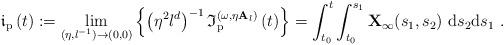
LaTeX: \begin{align*}\mathfrak{i}_{\mathrm{p}}\left( t\right) :=\underset{(\eta,l^{-1})\rightarrow (0,0)}{\lim }\left\{ \left( \eta ^{2}l^{d}\right) ^{-1}\mathfrak{I}_{\mathrm{p}}^{(\omega ,\eta \mathbf{A}_{l})}\left( t\right)\right\} =\int\nolimits_{t_{0}}^{t}\int\nolimits_{t_{0}}^{s_{1}}\mathbf{X}_{\infty }(s_{1},s_{2})\ \mathrm{d}s_{2}\mathrm{d}s_{1}\ . \end{align*}